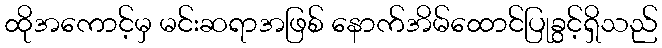
ထိုအကောင့်မှ မင်းဆရာအဖြစ် နောက်အိမ်ထောင်ပြုခွင့်ရှိသည်